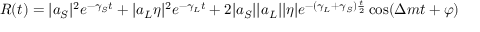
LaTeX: R ( t ) = | a _ { S } | ^ { 2 } e ^ { - \gamma _ { S } t } + | a _ { L } \eta | ^ { 2 } e ^ { - \gamma _ { L } t } + 2 | a _ { S } | | a _ { L } | | \eta | e ^ { - ( \gamma _ { L } + \gamma _ { S } ) { \frac { t } { 2 } } } \cos ( \Delta m t + \varphi )